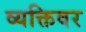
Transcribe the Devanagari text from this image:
व्यक्तिवर